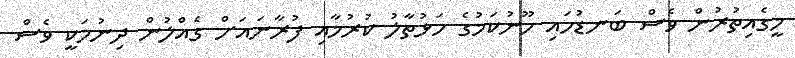
މީގެއިތުރުން ވެސް ބަނޑުހައި ހޫނުކަމުގެ ހަޅުތާލު ކުރުމާއި ފުރާނައަށް ގެއްލުން ދިނުމަކީ ވެސް